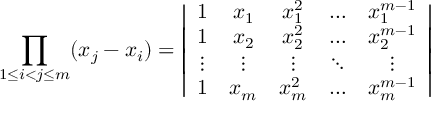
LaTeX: \prod _ { 1 \le i < j \le m } ( x _ { j } - x _ { i } ) = \left| \begin{array} { c c c c c } { { 1 } } & { { x _ { 1 } } } & { { x _ { 1 } ^ { 2 } } } & { { \dots } } & { { x _ { 1 } ^ { m - 1 } } } \\ { { 1 } } & { { x _ { 2 } } } & { { x _ { 2 } ^ { 2 } } } & { { \dots } } & { { x _ { 2 } ^ { m - 1 } } } \\ { { \vdots } } & { { \vdots } } & { { \vdots } } & { { \ddots } } & { { \vdots } } \\ { { 1 } } & { { x _ { m } } } & { { x _ { m } ^ { 2 } } } & { { \dots } } & { { x _ { m } ^ { m - 1 } } } \end{array} \right|